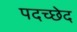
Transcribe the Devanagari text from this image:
पदच्‍छेद